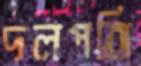
দলপতি